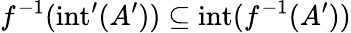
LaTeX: f^{-1}(\mathrm{int}^{\prime}(A^{\prime}))\subseteq\mathrm{int}(f^{-1}(A^{\prime}))